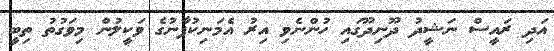
އަދި ރައީސް ނަޝީދު ދޫނިދޫގައި ހުންނެވި އިރު އެމަނިކުފާނުގެ ވަކީލުން މިވަގުތު ތިބީ